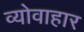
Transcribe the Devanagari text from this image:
व्योवाहार